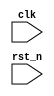
module test
(
    input clk,
    input rst_n
);

reg [7:0] data;

always @(posedge clk or negedge rst_n) begin
    if(rst_n == 1'b0)
        data[7:0] <= #1 8'h00;
    else
        data[7:0] <= #1 data[7:0] + 1'b1;
end

endmodule